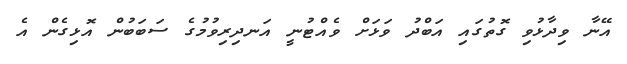
އޭނާ ވިދާޅުވި ގޮތުގައި އަބްދު ވަޅަށް ވެއްޓުނީ އަނދިރިވުމުގެ ސަބަބުން އޮޅިގެން އެ